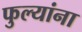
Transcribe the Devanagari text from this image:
फुल्यांना